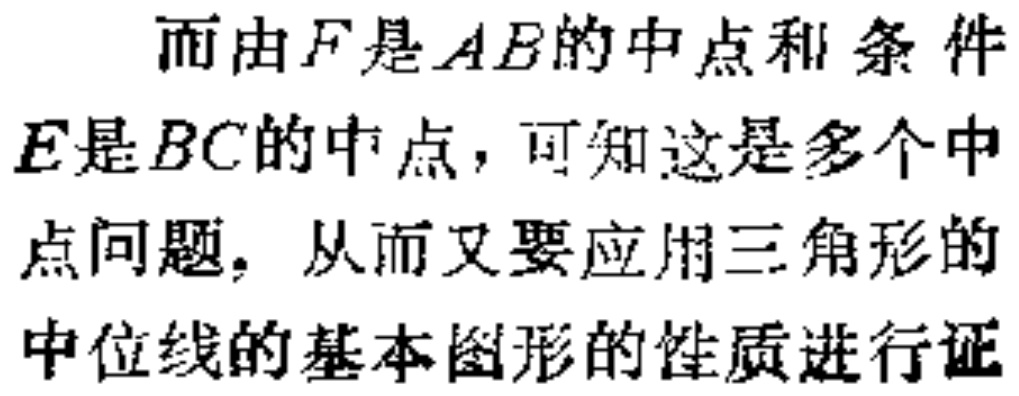
而由\(F\)是\(AB\)的中点和 条 件\(E\)是\(BC\)的中点，可知这是多个中点问题。从而又要应用三角形的中位线的基本图形的性质进行证